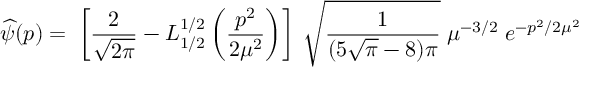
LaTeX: \widehat { \psi } ( p ) = \; \left[ \frac { 2 } { \sqrt { 2 \pi } } - L _ { 1 / 2 } ^ { 1 / 2 } \left( \frac { p ^ { 2 } } { 2 \mu ^ { 2 } } \right) \right] \; \sqrt { \frac { 1 } { ( 5 \sqrt { \pi } - 8 ) \pi } } \; \mu ^ { - 3 / 2 } \; e ^ { - p ^ { 2 } / 2 \mu ^ { 2 } }